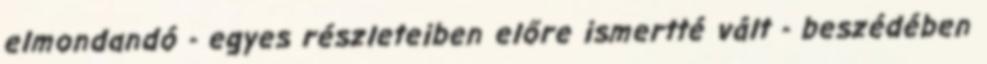
elmondandó - egyes részleteiben előre ismertté vált - beszédében